Scottish Certificate of Education, 1962
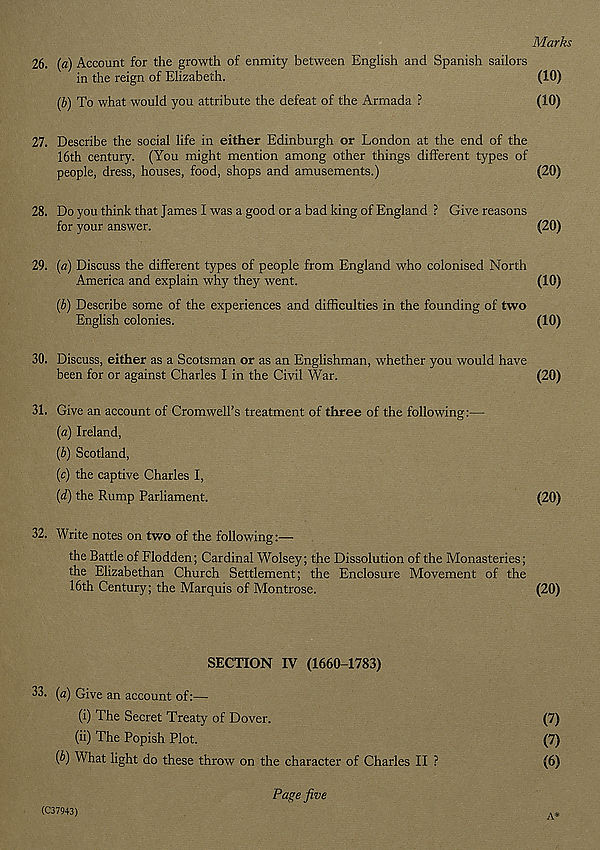
Marks
26. (a) Account for the growth of enmity between English and Spanish sailors
in the reign of Elizabeth.
(10)
(b)
To what would you attribute the defeat of the Armada ?
27. Describe the social life in either Edinburgh or London at the end of the
16th century. (You might mention among other things different types of
people, dress, houses, food, shops and amusements.)
(20)
28. Do you think that James I was a good or a bad king of England ? Give reasons
for your answer.
(20)
29. {a) Discuss the different types of people from England who colonised North
America and explain why they went.
(10)
(b) Describe some of the experiences and difficulties in the founding of two
English colonies.
(10)
30. Discuss, either as a Scotsman or as an Englishman, whether you would have
been for or against Charles I in the Civil War.
(20)
31. Give an account of Cromwell’s treatment of three of the following:—
(а) Ireland,
(б) Scotland,
(c) the captive Charles I,
(d) the Rump Parliament.
(20)
32. Write notes on two of the following:—
the Battle of Flodden; Cardinal Wolsey; the Dissolution of the Monasteries;
the Elizabethan Church Settlement; the Enclosure Movement of the
16th Century; the Marquis of Montrose.
(20)
SECTION IV (1660-1783)
33. (a) Give an account of:—
(i) The Secret Treaty of Dover.
(7)
(ii) The Popish Plot.
(7)
{b) What light do these throw on the character of Charles II ?
(6)
Page five
(C37943)
'
A*